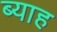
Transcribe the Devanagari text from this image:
ब्‍याह